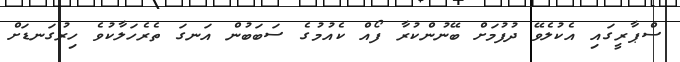
ސްޕާރީގައި އެކުލެވޭ ދުފުމަށް ބޭނުންކުރާ ފޯއް ކެއުމުގެ ސަބަބުން އަނގަ ތެރެހަލާކުވެ ހިރުގަނޑަށް